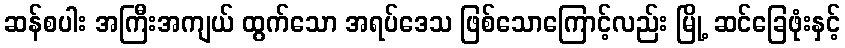
ဆန်စပါး အကြီးအကျယ် ထွက်သော အရပ်ဒေသ ဖြစ်သောကြောင့်လည်း မြို့ ဆင်ခြေဖုံးနှင့်